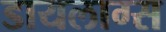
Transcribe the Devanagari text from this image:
डायलाग्स